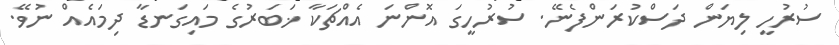
ސުރުހީ ލިޔަން ދަސްކުރަންފެނޭ. ސުރުހީގަ އޮންނަ އެއްޗަކާ ޚަބަރުގެ މައިގަނޑާ ދިމައެއް ނުވޭ.